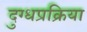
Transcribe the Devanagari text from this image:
दुग्धप्रक्रिया